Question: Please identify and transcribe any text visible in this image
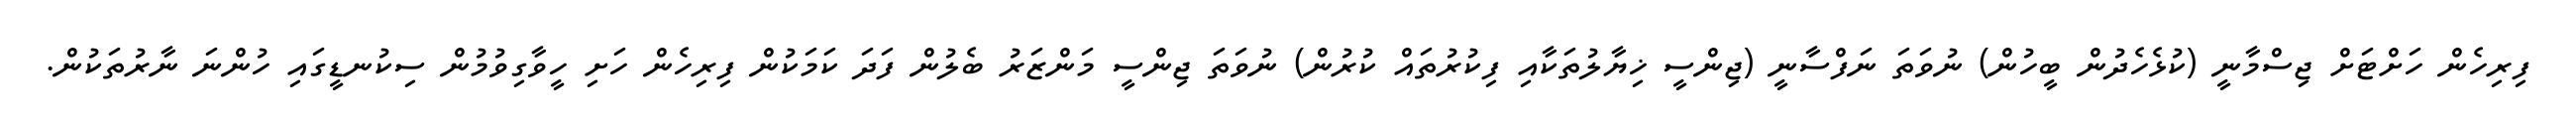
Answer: ފިރިހެން ހަށްޓަށް ޖިސްމާނީ (ކުޅެހެދުން ބީހުން) ނުވަތަ ނަފްސާނީ (ޖިންސީ ޚިޔާލުތަކާއި ފިކުރުތައް ކުރުން) ނުވަތަ ޖިންސީ މަންޒަރު ބެލުން ފަދަ ކަމަކުން ފިރިހެން ހަށި ހީވާގިވުމުން ސިކުނޑީގައި ހުންނަ ނާރުތަކުން.